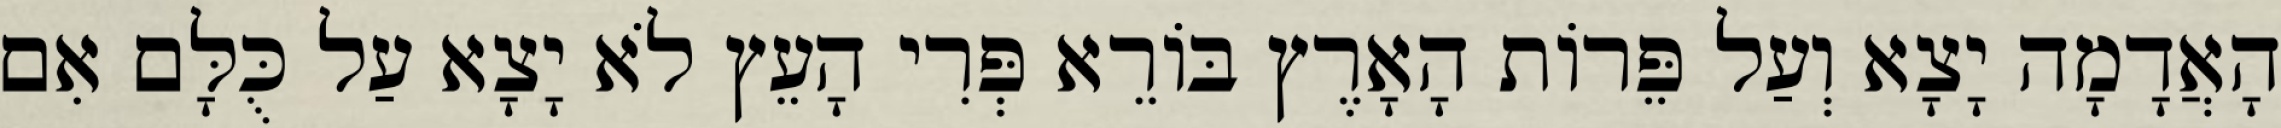
הָאֲדָמָה יָצָא וְעַל פֵּרוֹת הָאָרֶץ בּוֹרֵא פְּרִי הָעֵץ לֹא יָצָא עַל כֻּלָּם אִם